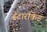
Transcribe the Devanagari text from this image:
स्टारकिड